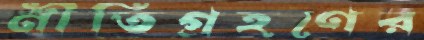
নীতিগ্রহণের